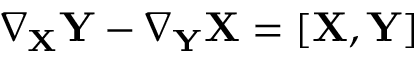
\nabla _ { \mathbf { X } } \mathbf { Y } - \nabla _ { \mathbf { Y } } \mathbf { X } = [ \mathbf { X } , \mathbf { Y } ]